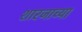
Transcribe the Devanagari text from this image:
शारजाच्या